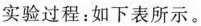
实验过程：如下表所示。